Punjab Mental Hospital Lahore 1922-31 - 1922-1931
Year: 1922
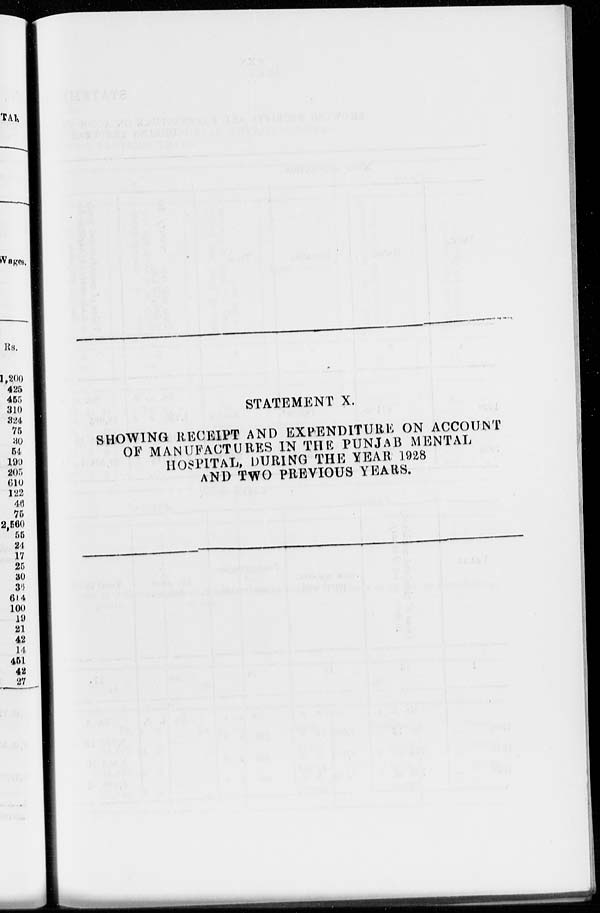
STATEMENT X.
SHOWING RECEIPT AND EXPENDITURE ON ACCOUNT
OF MANUFACTURES IN THE PUNJAB MENTAL
HOSPITAL, DURING THE YEAR 1928
AND TWO PREVIOUS YEARS.